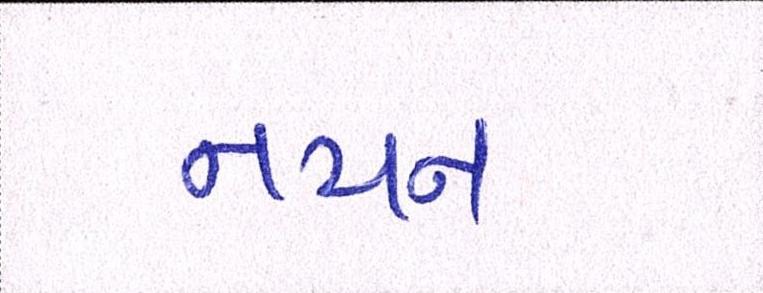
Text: નયન